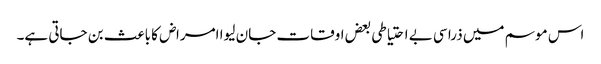
اس موسم میں ذرا سی بے احتیاطی بعض اوقات جان لیوا امراض کا باعث بن جاتی ہے۔